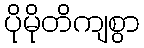
ပိုမိုတိကျစွာ